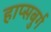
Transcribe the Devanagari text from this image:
हाप्सबुर्ग